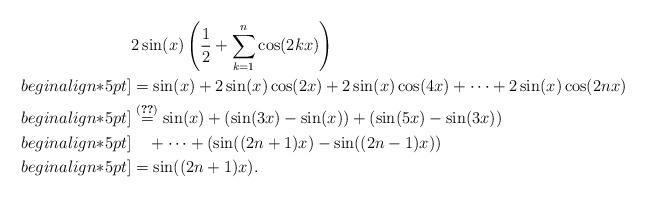
LaTeX: \begin{align*}&2\sin(x)\left(\frac{1}{2}+\sum_{k=1}^n\cos(2kx)\right)\\begin{align*}5pt]&=\sin(x)+2\sin(x)\cos(2x)+2\sin(x)\cos(4x)+\cdots+2\sin(x)\cos(2nx)\\begin{align*}5pt]&\overset{\eqref{eq-2.3}}{=}\sin(x)+\left(\sin(3x)-\sin(x)\right)+\left(\sin(5x)-\sin (3x)\right)\\begin{align*}5pt]&\quad+\cdots+\left(\sin((2n+1)x)-\sin ((2n-1)x)\right)\\begin{align*}5pt]&=\sin((2n+1)x).\end{align*}